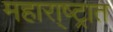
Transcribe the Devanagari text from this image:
महारा्ष्ट्रात